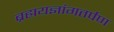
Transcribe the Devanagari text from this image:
ब्रह्मयज्ञांगतर्पण